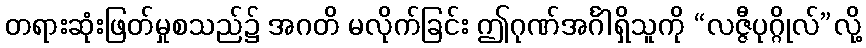
တရားဆုံးဖြတ်မှုစသည်၌ အဂတိ မလိုက်ခြင်း ဤဂုဏ်အင်္ဂါရှိသူကို “လဇ္ဇီပုဂ္ဂိုလ်”လို့